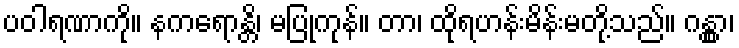
ပဝါရဏာကို။ နကရောန္တိ၊ မပြုကုန်။ တာ၊ ထိုရဟန်းမိန်းမတို့သည်။ ဂန္တွာ၊